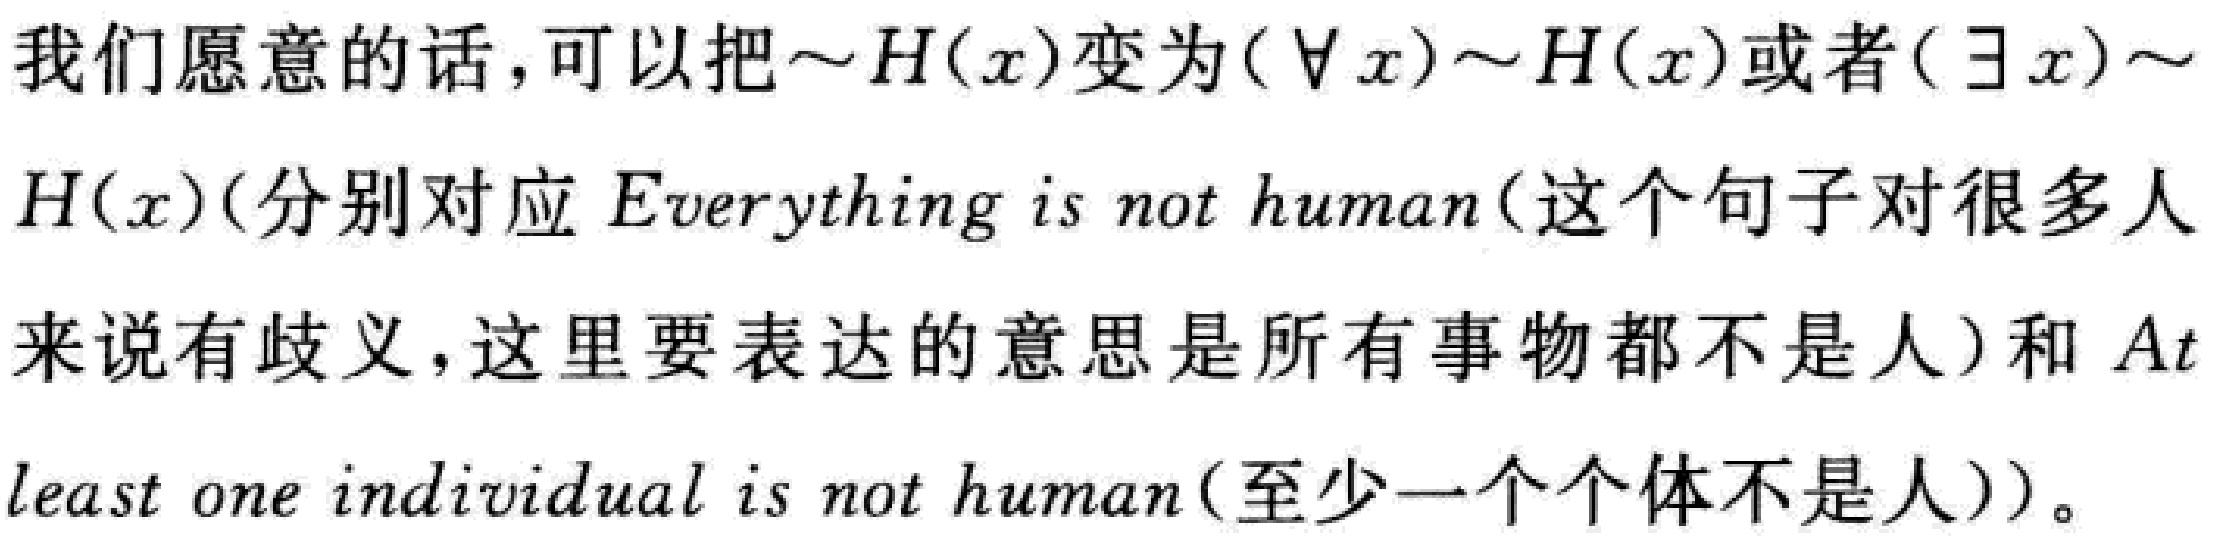
我们愿意的话，可以把$\sim H(x)$变为$(\forall x)\sim H(x)$或者$(\exists x)\sim H(x)$(分别对应$Everything\ is\ not\ human$(这个句子对很多人来说有歧义，这里要表达的意思是所有事物都不是人)和$At\ least\ one\ individual\ is\ not\ human$(至少一个个体不是人))。